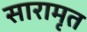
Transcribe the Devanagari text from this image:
सारामृत